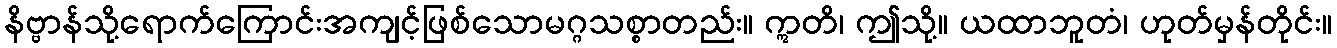
နိဗ္ဗာန်သို့ရောက်ကြောင်းအကျင့်ဖြစ်သောမဂ္ဂသစ္စာတည်း။ ဣတိ၊ ဤသို့။ ယထာဘူတံ၊ ဟုတ်မှန်တိုင်း။